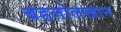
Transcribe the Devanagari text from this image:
बहलोलखान